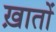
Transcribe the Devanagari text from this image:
ख़ातों